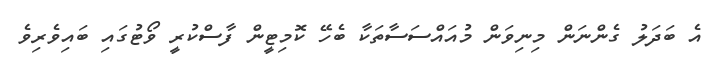
އެ ބަދަލު ގެންނަން މިނިވަން މުއައްސަސާތަކާ ބެހޭ ކޮމިޓީން ފާސްކުރީ ވޯޓުގައި ބައިވެރިވެ